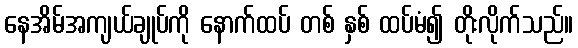
နေအိမ်အကျယ်ချုပ်ကို နောက်ထပ် တစ် နှစ် ထပ်မံ၍ တိုးလိုက်သည်။